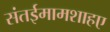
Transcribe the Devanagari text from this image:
संतईमामशाहए